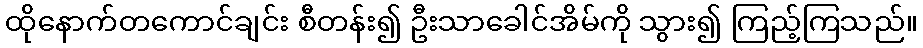
ထိုနောက်တကောင်ချင်း စီတန်း၍ ဦးသာခေါင်အိမ်ကို သွား၍ ကြည့်ကြသည်။